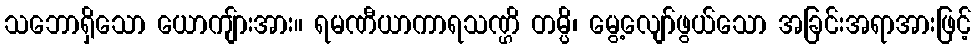
သဘောရှိသော ယောကျ်ားအား။ ရမဏီယာကာရသဏ္ဌိ တမ္ပိ၊ မွေ့လျော်ဖွယ်သော အခြင်းအရာအားဖြင့်